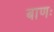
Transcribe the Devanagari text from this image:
बाणः